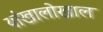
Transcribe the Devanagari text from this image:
यांखालोखाल